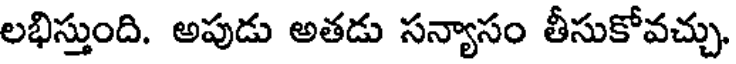
లభిస్తుంది. అపుడు అతడు సన్యాసం తీసుకోవచ్చు.